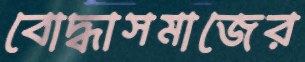
বোদ্ধাসমাজের